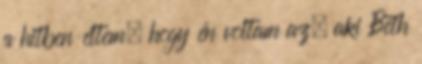
a hitben éltem, hogy én voltam az, aki Beth